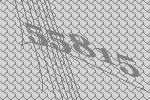
55815